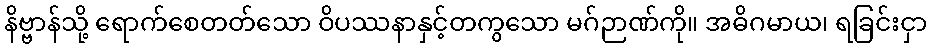
နိဗ္ဗာန်သို့ ရောက်စေတတ်သော ဝိပဿနာနှင့်တကွသော မဂ်ဉာဏ်ကို။ အဓိဂမာယ၊ ရခြင်းငှာ